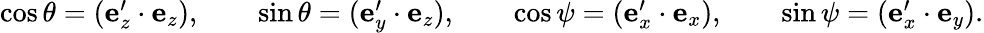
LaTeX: \begin{array}{r}{\cos\theta=(\boldsymbol{\mathrm{e}}_{z}^{\prime}\cdot\boldsymbol{\mathrm{e}}_{z}),\qquad\sin\theta=(\boldsymbol{\mathrm{e}}_{y}^{\prime}\cdot\boldsymbol{\mathrm{e}}_{z}),\qquad\cos\psi=(\boldsymbol{\mathrm{e}}_{x}^{\prime}\cdot\boldsymbol{\mathrm{e}}_{x}),\qquad\sin\psi=(\boldsymbol{\mathrm{e}}_{x}^{\prime}\cdot\boldsymbol{\mathrm{e}}_{y}).}\end{array}